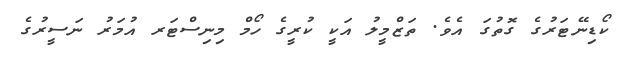
ކޯޑިނޭޓަރުގެ ގޮތުގަ އެވެ. ތަޒްމީލު އަކީ ކުރީގެ ހޯމް މިނިސްޓަރ އުމަރު ނަސީރުގެ